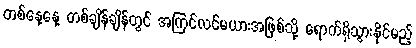
တစ်နေ့နေ့ တစ်ချိန်ချိန်တွင် အကြင်လင်မယားအဖြစ်သို့ ရောက်ရှိသွားနိုင်မည့်